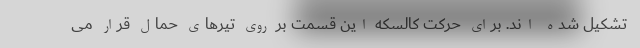
تشکیل شده اند. برای حرکت کالسکه این قسمت بر روی تیرهای حمال قرار می